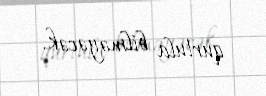
qurtula bilməyəcək.